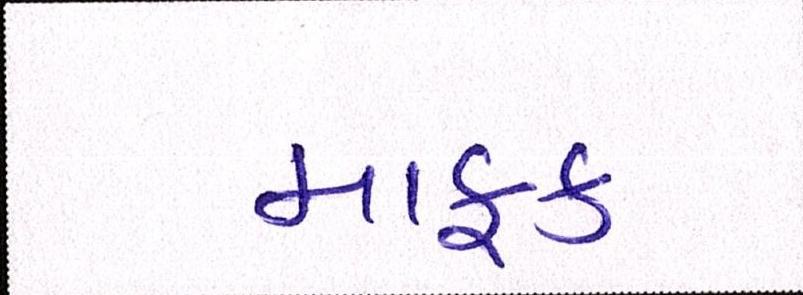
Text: માફક